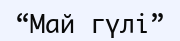
“Май гүлі”